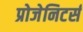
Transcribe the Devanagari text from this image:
प्रोजेनिटर्स